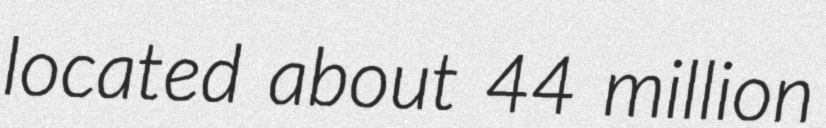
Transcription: located about 44 million